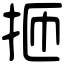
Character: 㧜